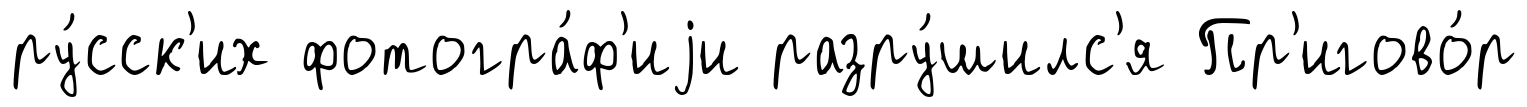
ру́сск'их фотогра́ф'иjи разру́шилс'я Пр'игово́р